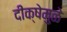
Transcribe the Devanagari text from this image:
दीक्षेमुळे